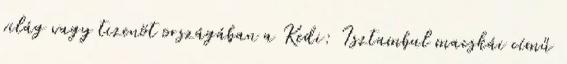
világ vagy tizenöt országában a Kedi: Isztambul macskái című